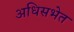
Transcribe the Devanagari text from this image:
अधिसभेत